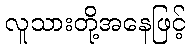
လူသားတို့အနေဖြင့်